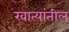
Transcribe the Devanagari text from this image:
खात्यांतील